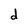
Character: d